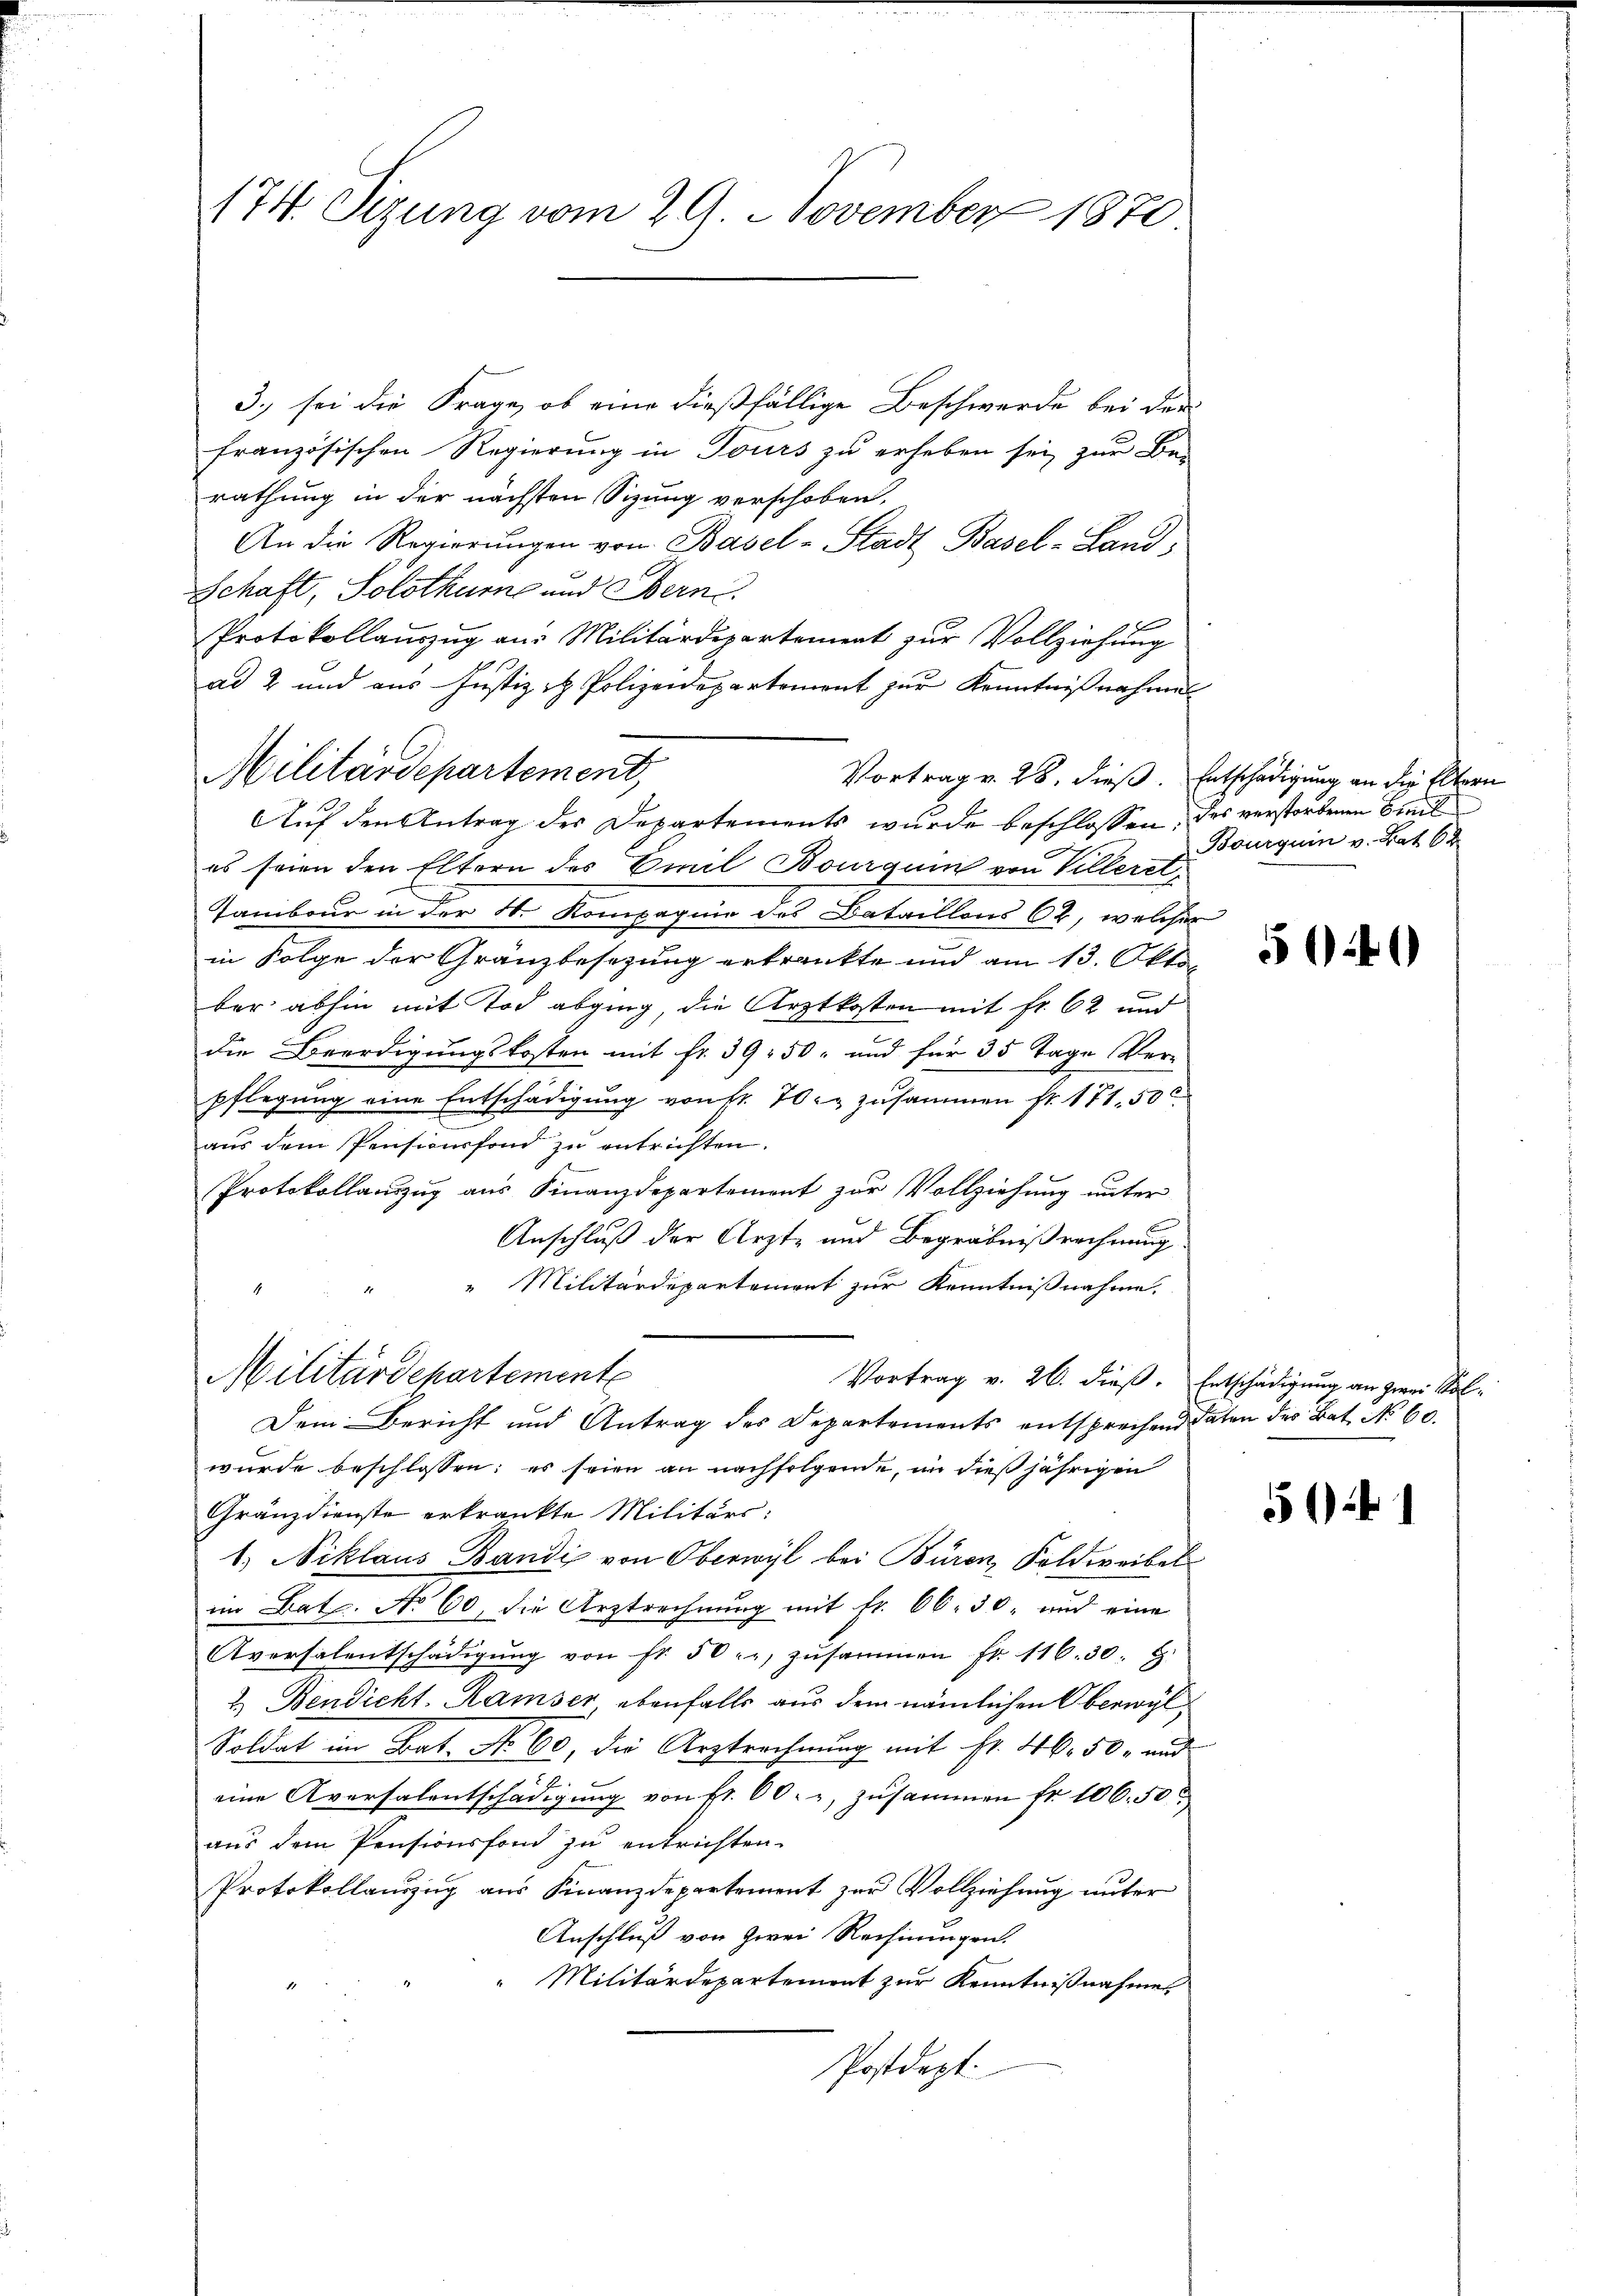
174. Sizung vom 29. November 1870

3.) sei die Frage, ob eine dießfällige Beschwerde bei der
französischen Regierung in Tours zu erheben sei zur Be-
rathung in der nächsten Sizung verschoben,
An die Regierŭngen von Basel-Stadt Basel-Land¬
Schaft, Solothume und Bern.
x
Protokollauszug aus Militärdepartement zur Vollziehung
ad 2 und aus Justiz & Polizeidepartement zur Kenntnißnahmen
Militärdepartement,
Vortrag v. 28. dieß. Entschädigung an die Eltern
Auf den Antrag des Departements wurde beschlossen, des verstorbenen Bil
es seien den Eltern des Emil Bourquin von Villerel
Tambour in der 4. Kompagnie des Bataillons 62, welcher
in Folge der Gränzbesezung erkrankte und am 13. Oktober abhin mit Tod abging, die Arztkosten mit Fr. 62 und
die Beerdigungskosten mit Fr. 39. 50 und für 35 Tage Ver¬
Pflegung eine Entschädigung von fr. 70 l. zusammen fr. 171. 50
aus dem Pensionsfond zu entrichten.
Protokollauszug aus Finanzdepartement zur Vollziehung unter
Anschluß der Ärzte und Begräbnißrechnung
" Militärdepartement zur Kenntnißnahme.
Militärdepartemente
Vortrag v. 26. dieß. Entschädigung an zwei Sol¬
Dem Bericht und Antrag des Departements entsprechend daten des Bat. No 60.
wurde beschlossen: es seien an nachfolgende, in dießjährigen
Gränzdienste erkränkte Militärs:
1.) Niklaus Bandi von Oberwyl bei Büren, Feldweibel
im Bat. No 60, die Arztrechnung mit fr. 66. 30. und eine
Aversalentschädigŭng von fr. 50 r. zŭsammen fr. 116. 30.
2. Bendicht- Ramser ebenfalls aus dem nämlichen Oberwyl
Soldat im Bat. No. 60, die Arztrechnung mit Fr. 46. 50, und
e
eine Aversalentschädigŭng von fr. 60. u zusammen fr. 106. 50
aus dem Pensionsfond zu entrichten.
Protokollauszug aus Finanzdepartement zur Vollziehung unter
Anschluß von Zwei Rechnungen.
Militärdepartement zur Kenntnißnahme
Postdept:

Bourquin v. Hat 62

500

5